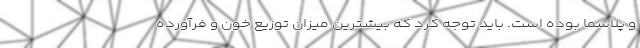
و پلاسما بوده است. باید توجه کرد که بیشترین میزان توزیع خون و فرآورده